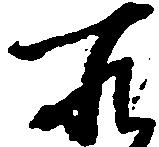
所